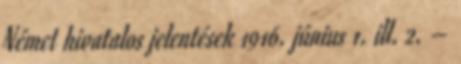
Német hivatalos jelentések 1916. június 1. ill. 2. –